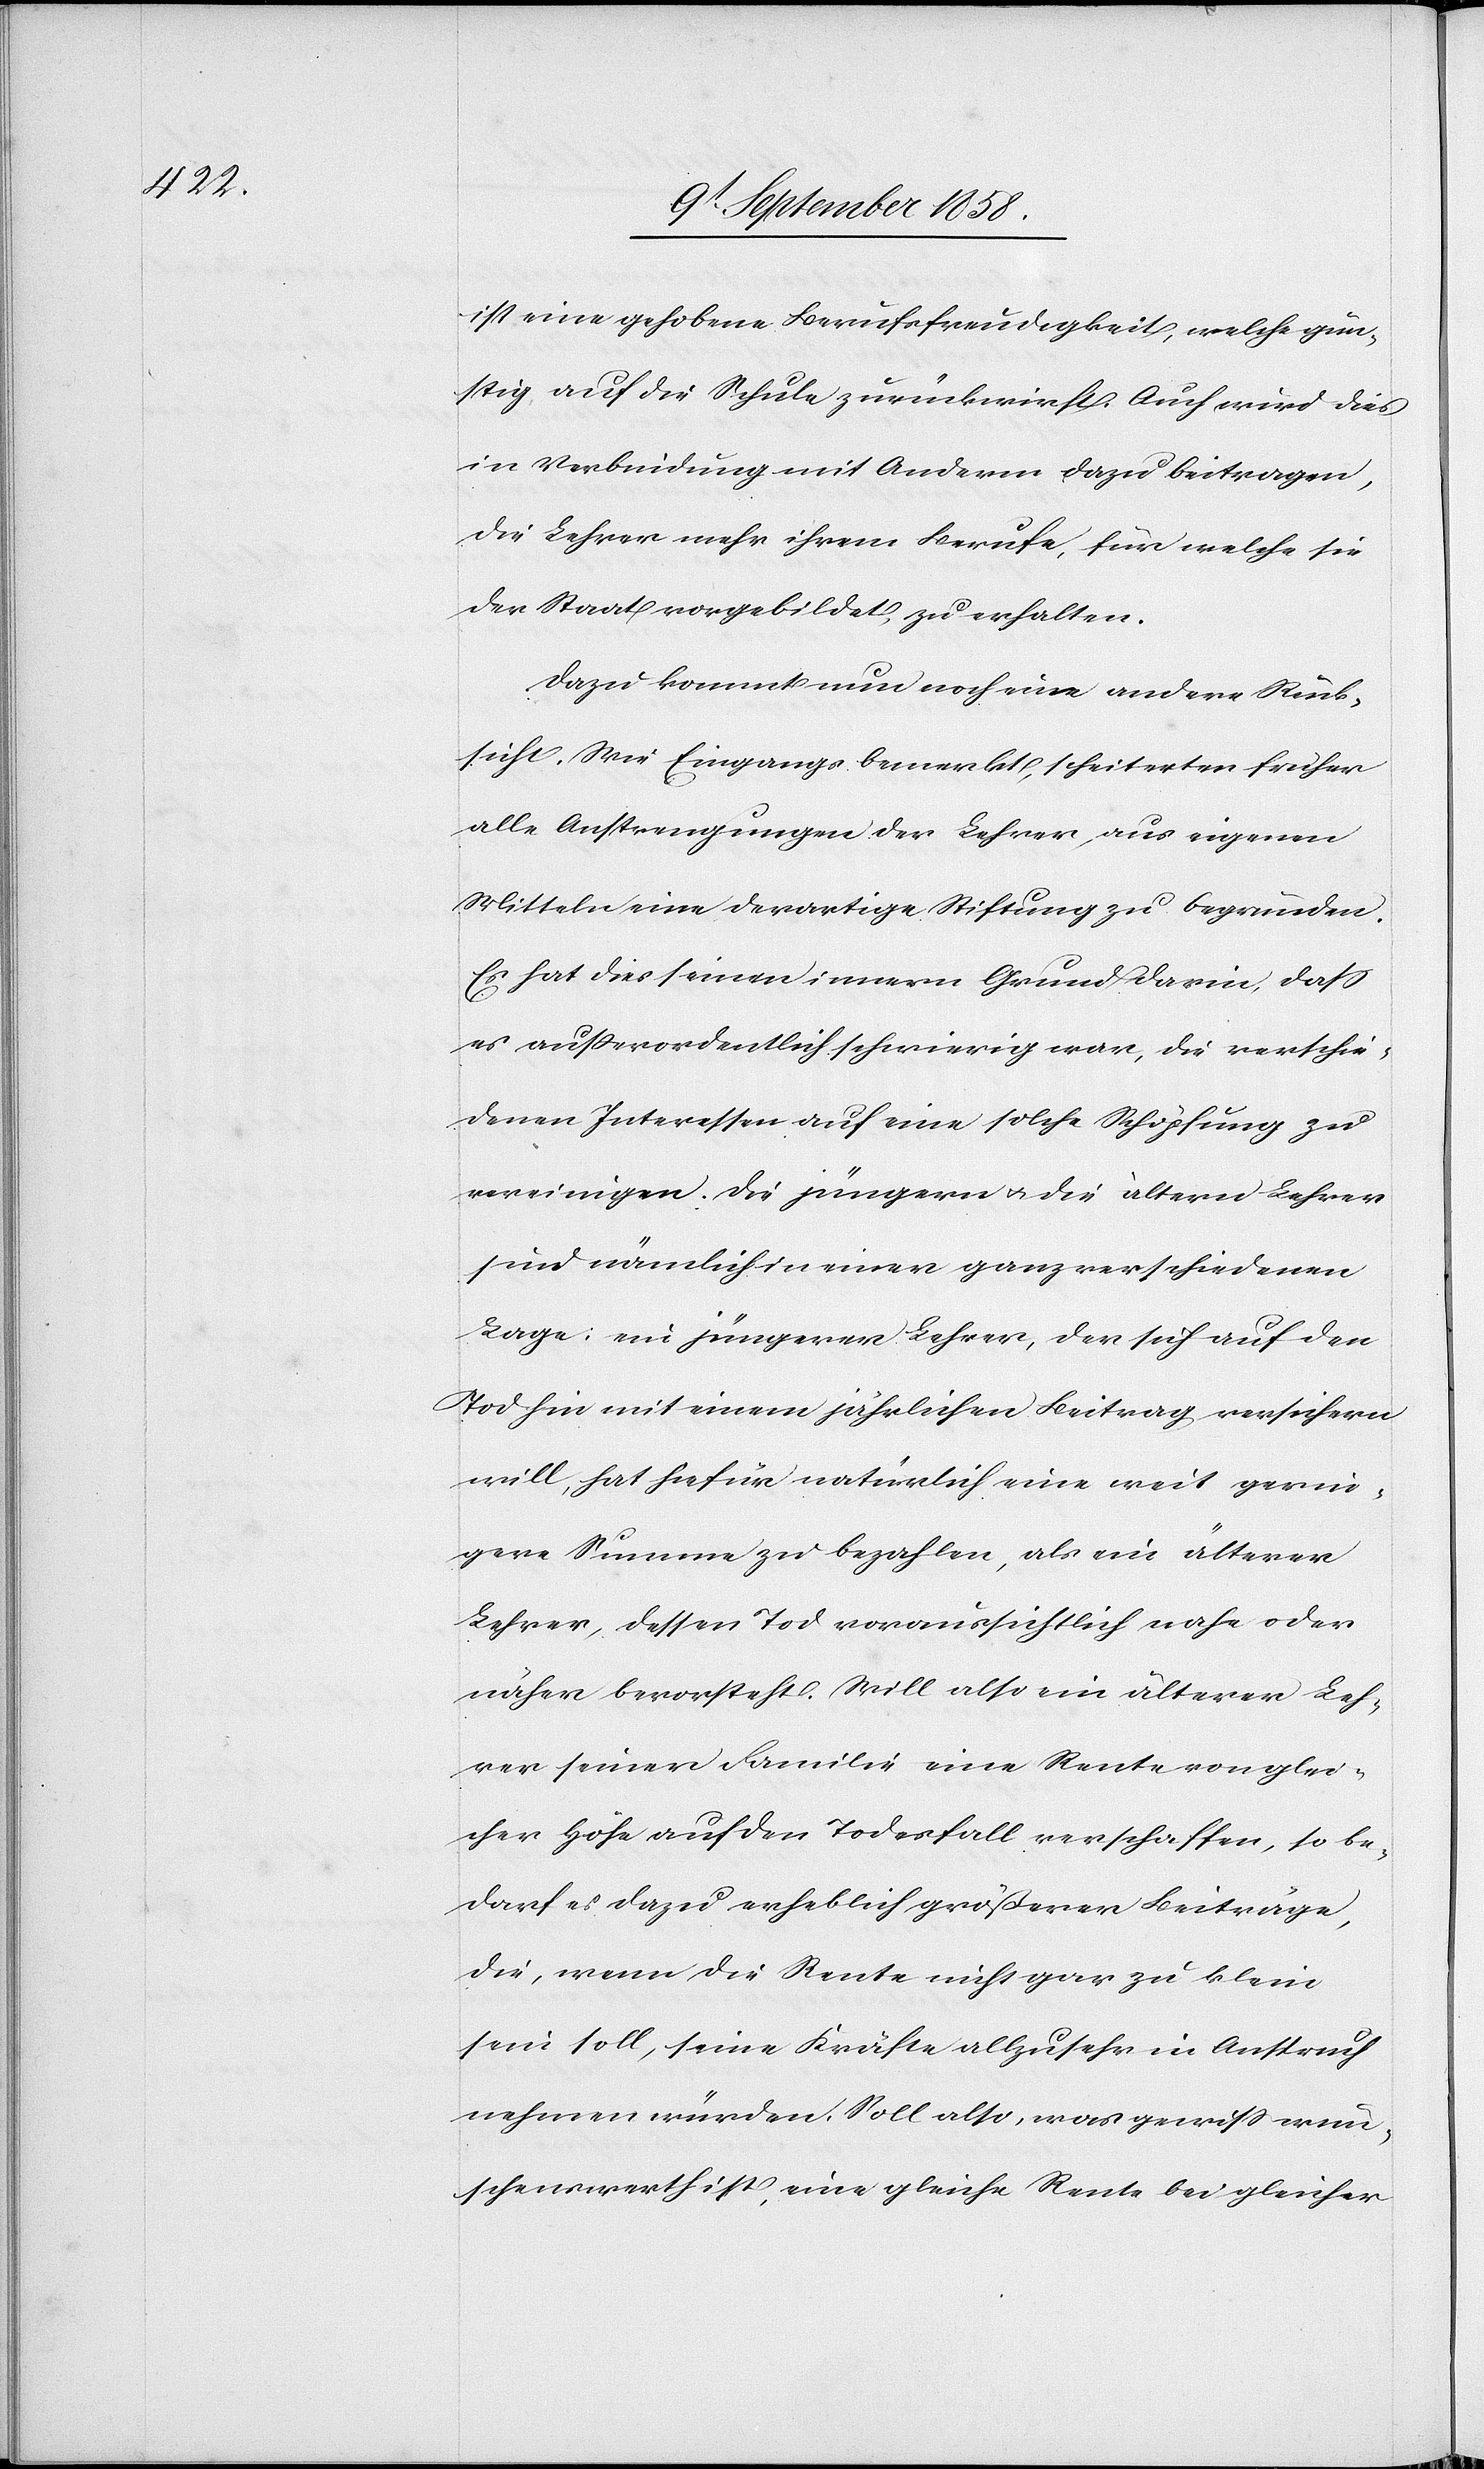
ist eine gehobene Berufsfreudigkeit, welche gün¬
stig auf die Schule zurückwirft. Auch wird dies
in Verbindung mit Anderm dazu beitragen,
die Lehrer mehr ihrem Berufe, für welche sie
der Staat vorgebildet, zu erhalten.
Dazu kommt nun noch eine andere Rück¬
sicht. Wie Eingangs bemerkt, scheiterten früher
alle Anstrengungen der Lehrer, aus eigenen
Mitteln eine derartige Stiftung zu begründen.
Es hat dies seinen innern Grund darin, dass
es außerordentlich schwierig war, die verschie¬
denen Interessen auf eine solche Schöpfung zu
vereinigen. Die jüngern & die ältern Lehrer
sind nämlich in einer ganz verschiedenen
Lage: ein jüngerer Lehrer, der sich auf den
Tod hin mit einem jährlichen Beitrag versichern
will, hat hiefür natürlich eine weit gerin¬
gere Summe zu bezahlen, als ein älterer
Lehrer, dessen Tod voraussichtlich nahe oder
näher bevorsteht. Will also ein älterer Leh¬
rer seiner Familie eine Rente von glei¬
cher Höhe auf den Todesfall verschaffen, so be¬
darf es dazu erheblich größerer Beiträge,
die, wenn die Rente nicht gar zu klein
sein soll, seine Kräfte allzusehr in Anspruch
nehmen würden. Soll also, was gewiss wün¬
schenswerth ist, eine gleiche Rente bei gleicher